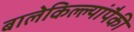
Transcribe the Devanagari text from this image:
बालेकिल्ल्यांपैकी